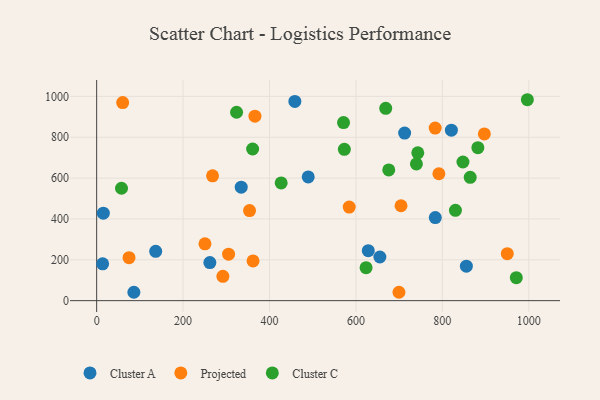
{"axis": {"x": "Experience", "y": "Yield"}, "legend": ["Cluster A", "Cluster C", "Projected"], "data": [{"x": "489.6", "y": 605.6, "type": "Cluster A"}, {"x": "655.4", "y": 213.8, "type": "Cluster A"}, {"x": "13.8", "y": 180.5, "type": "Cluster A"}, {"x": "334.5", "y": 555.7, "type": "Cluster A"}, {"x": "783.7", "y": 406.6, "type": "Cluster A"}, {"x": "855.6", "y": 169.0, "type": "Cluster A"}, {"x": "136.6", "y": 241.7, "type": "Cluster A"}, {"x": "86.1", "y": 41.0, "type": "Cluster A"}, {"x": "458.7", "y": 975.6, "type": "Cluster A"}, {"x": "628.6", "y": 244.7, "type": "Cluster A"}, {"x": "820.9", "y": 834.8, "type": "Cluster A"}, {"x": "262.0", "y": 186.4, "type": "Cluster A"}, {"x": "712.7", "y": 820.2, "type": "Cluster A"}, {"x": "15.4", "y": 428.4, "type": "Cluster A"}, {"x": "950.3", "y": 229.9, "type": "Projected"}, {"x": "305.3", "y": 227.4, "type": "Projected"}, {"x": "268.2", "y": 611.0, "type": "Projected"}, {"x": "897.2", "y": 816.2, "type": "Projected"}, {"x": "704.4", "y": 464.7, "type": "Projected"}, {"x": "699.6", "y": 41.1, "type": "Projected"}, {"x": "361.9", "y": 194.3, "type": "Projected"}, {"x": "366.3", "y": 903.1, "type": "Projected"}, {"x": "292.1", "y": 119.3, "type": "Projected"}, {"x": "60.2", "y": 969.9, "type": "Projected"}, {"x": "74.9", "y": 210.5, "type": "Projected"}, {"x": "353.8", "y": 441.1, "type": "Projected"}, {"x": "792.0", "y": 621.3, "type": "Projected"}, {"x": "584.5", "y": 458.3, "type": "Projected"}, {"x": "250.6", "y": 278.2, "type": "Projected"}, {"x": "783.4", "y": 845.0, "type": "Projected"}, {"x": "57.5", "y": 550.4, "type": "Cluster C"}, {"x": "971.2", "y": 112.3, "type": "Cluster C"}, {"x": "882.2", "y": 748.8, "type": "Cluster C"}, {"x": "740.0", "y": 669.3, "type": "Cluster C"}, {"x": "360.9", "y": 742.4, "type": "Cluster C"}, {"x": "323.8", "y": 922.3, "type": "Cluster C"}, {"x": "571.3", "y": 871.8, "type": "Cluster C"}, {"x": "830.3", "y": 442.4, "type": "Cluster C"}, {"x": "427.0", "y": 576.3, "type": "Cluster C"}, {"x": "996.8", "y": 983.7, "type": "Cluster C"}, {"x": "847.7", "y": 678.8, "type": "Cluster C"}, {"x": "864.5", "y": 603.8, "type": "Cluster C"}, {"x": "676.0", "y": 640.1, "type": "Cluster C"}, {"x": "573.2", "y": 741.1, "type": "Cluster C"}, {"x": "623.5", "y": 161.2, "type": "Cluster C"}, {"x": "743.2", "y": 723.9, "type": "Cluster C"}, {"x": "669.0", "y": 941.7, "type": "Cluster C"}]}